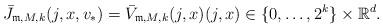
LaTeX: \begin{align*}\bar{J}_{\mathfrak{m},M,k}(j,x,v_{\ast}) = \bar{V}_{\mathfrak{m},M,k}(j,x) (j,x)\in \{0,\ldots,2^{k}\}\times \mathbb{R}^{d}.\end{align*}